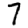
Digit: 7